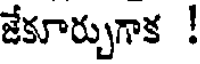
జేకూర్చుగాక !